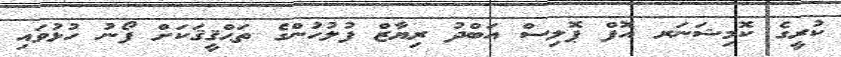
ކުރީގެ ކޮމިޝަނަރ އޮފް ޕޮލިސް އަބްދު ރިޔާޒް ފުލުހުންގެ ތަޙްޤީޤަކަށް ފޯނު ހުޅުވައި